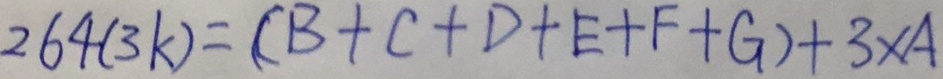
2 6 4 ( 3 k ) = ( B + C + D + E + F + G ) + 3 \times A